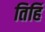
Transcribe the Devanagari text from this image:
तिहिं